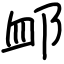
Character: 䘏